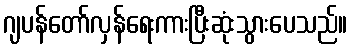
ဂျပန်တော်လှန်ရေးကားပြီးဆုံးသွားပေသည်။